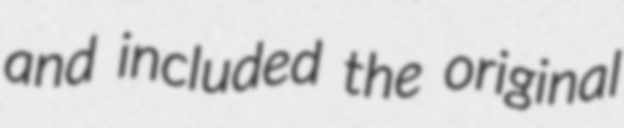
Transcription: and included the original